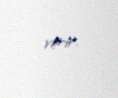
verir.